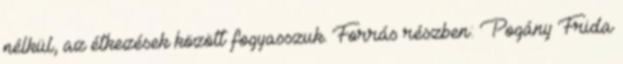
nélkül, az étkezések között fogyasszuk. Forrás részben: Pogány Frida